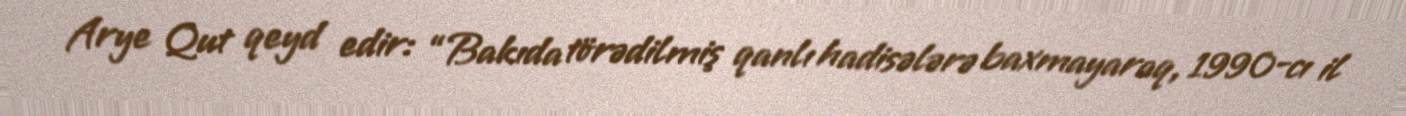
Arye Qut qeyd edir: “Bakıda törədilmiş qanlı hadisələrə baxmayaraq, 1990-cı il